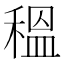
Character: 𥠺